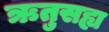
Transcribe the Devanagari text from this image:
ऋतुसह्य